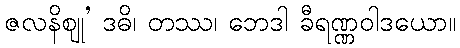
ဇလနိဈု’ ဒဓိ၊ တဿ၊ ဘေဒါ ခီရဏ္ဏဝါဒယော။